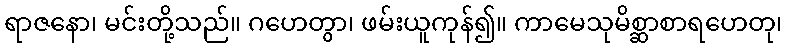
ရာဇနော၊ မင်းတို့သည်။ ဂဟေတွာ၊ ဖမ်းယူကုန်၍။ ကာမေသုမိစ္ဆာစာရဟေတု၊